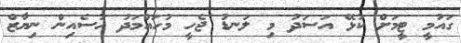
ގައުމީ ޓީމަށް ކުޅޭ އަސަދު މި ލަނޑު ޖެހީ މުހައްމަދު ހުސެއިން ނިޔާޒް